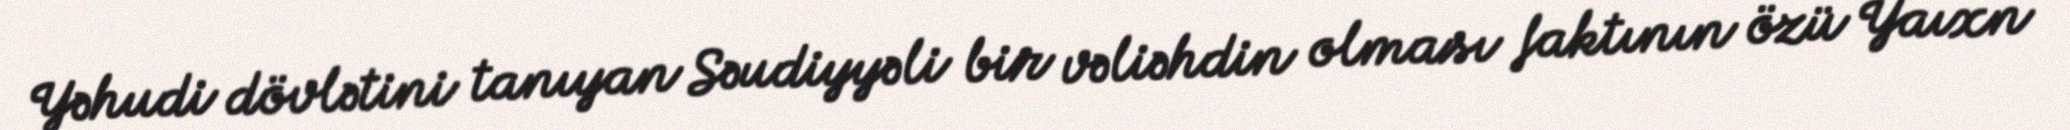
Yəhudi dövlətini tanıyan Səudiyyəli bir vəliəhdin olması faktının özü Yaıxn